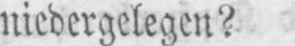
niedergelegen?